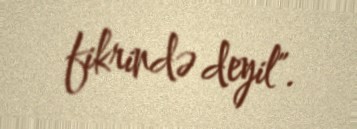
fikrində deyil".